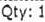
QTY: 1